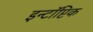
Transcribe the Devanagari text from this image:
इन्टॉप्टिक